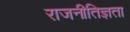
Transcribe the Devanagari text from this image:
राजनीतिज्ञता